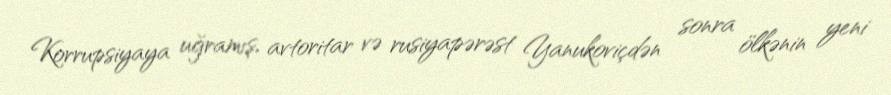
Korrupsiyaya uğramış, avtoritar və rusiyapərəst Yanukoviçdən sonra ölkənin yeni